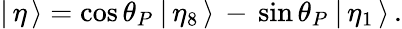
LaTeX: |\, \eta\, \rangle=\cos\theta_{P}\: |\, \eta_{8}\, \rangle\, -\, \sin\theta_{P}\: |\, \eta_{1}\, \rangle\, .